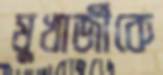
মুখার্জীকে